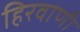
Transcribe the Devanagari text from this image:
हिरवाणी